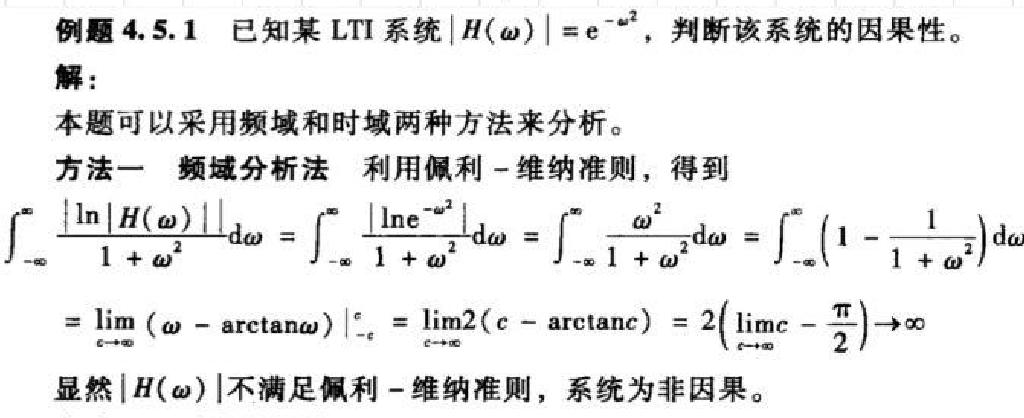
例题4.5.1 已知某LTI系统$|H(\omega)| = e^{-\omega^{2}}$，判断该系统的因果性。
解：
本题可以采用频域和时域两种方法来分析。
方法一 频域分析法 利用佩利 - 维纳准则，得到
\[\int_{-\infty}^{\infty}\frac{|\ln|H(\omega)||}{1 + \omega^{2}}d\omega = \int_{-\infty}^{\infty}\frac{|\ln e^{-\omega^{2}}|}{1 + \omega^{2}}d\omega = \int_{-\infty}^{\infty}\frac{\omega^{2}}{1 + \omega^{2}}d\omega = \int_{-\infty}^{\infty}(1 - \frac{1}{1 + \omega^{2}})d\omega\]
\[= \lim_{c\rightarrow\infty}(\omega - \arctan\omega)\big|_{-c}^{c} = \lim_{c\rightarrow\infty}2(c - \arctan c) = 2(\lim_{c\rightarrow\infty}c - \frac{\pi}{2})\rightarrow\infty\]
显然$|H(\omega)|$不满足佩利 - 维纳准则，系统为非因果。